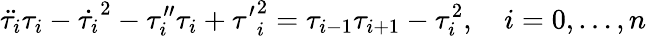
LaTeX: \ddot{\tau_{i}}\tau_{i}-\dot{\tau_{i}}^{2}-\tau_{i}^{\prime\prime}\tau_{i}+{\tau^{\prime}}_{i}^{2}=\tau_{i-1}\tau_{i+1}-\tau_{i}^{2},~~~~i=0,\dots,n